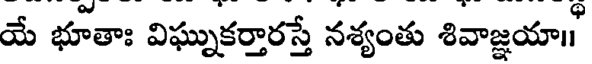
యే భూతాః విఘ్నుకర్తారస్తే నశ్యంతు శివాజ్ఞయా॥